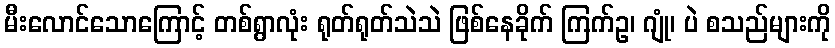
မီးလောင်သောကြောင့် တစ်ရွာလုံး ရုတ်ရုတ်သဲသဲ ဖြစ်နေခိုက် ကြက်ဥ၊ ဂျုံ၊ ပဲ စသည်များကို